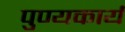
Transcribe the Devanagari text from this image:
पुण्यकार्य